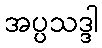
အပ္ပသဒ္ဒါ